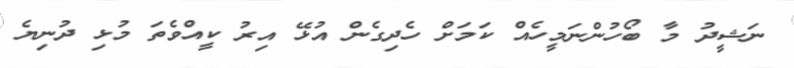
ނަޝީދު މާ ބޯހުންނަމީހެއް ކަމަށް ހެދިގެން އުޅޭ އިރު ކީއްވެތަ މުޅި ދުނިޔެ